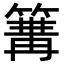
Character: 𥱏